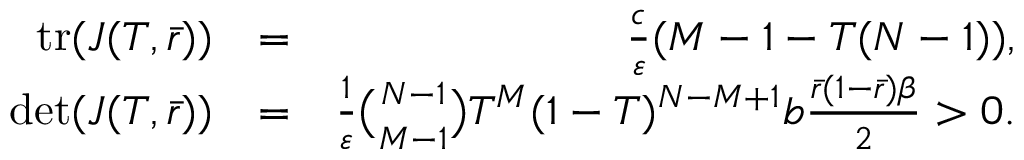
\begin{array} { r l r } { \mathrm { t r } ( J ( T , \bar { r } ) ) } & { = } & { \frac { c } { \varepsilon } ( M - 1 - T ( N - 1 ) ) , } \\ { \mathrm { d e t } ( J ( T , \bar { r } ) ) } & { = } & { \frac { 1 } { \varepsilon } \binom { N - 1 } { M - 1 } T ^ { M } ( 1 - T ) ^ { N - M + 1 } b \frac { \bar { r } ( 1 - \bar { r } ) \beta } { 2 } > 0 . } \end{array}